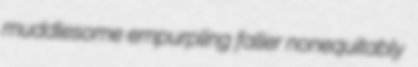
muddlesome empurpling faller nonequitably